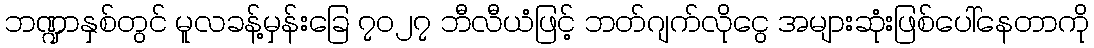
ဘဏ္ဍာနှစ်တွင် မူလခန့်မှန်းခြေ ၇၀၂၇ ဘီလီယံဖြင့် ဘတ်ဂျက်လိုငွေ အများဆုံးဖြစ်ပေါ်နေတာကို